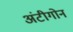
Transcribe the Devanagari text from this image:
अंटीगोन